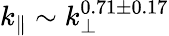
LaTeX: k_{\| }\sim k_{\perp}^{0.71\pm 0.17}